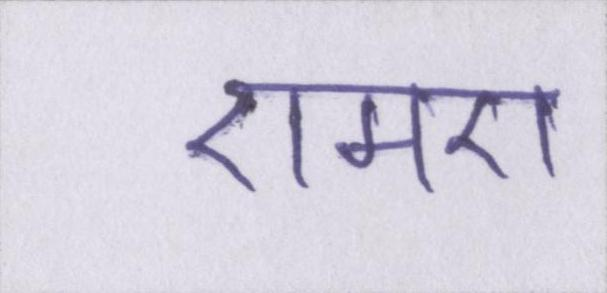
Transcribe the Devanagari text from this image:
एमए